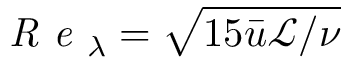
\textit { R e } _ { \lambda } = \sqrt { 1 5 \bar { u } \mathcal { L } / \nu }